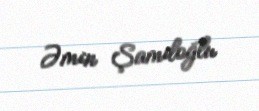
Əmin Şamiloğlu